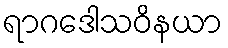
ရာဂဒေါသဝိနယာ